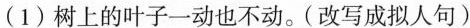
(1)树上的叶子一动也不动。(改写成拟人句)